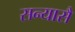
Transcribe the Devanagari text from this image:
सन्यासै